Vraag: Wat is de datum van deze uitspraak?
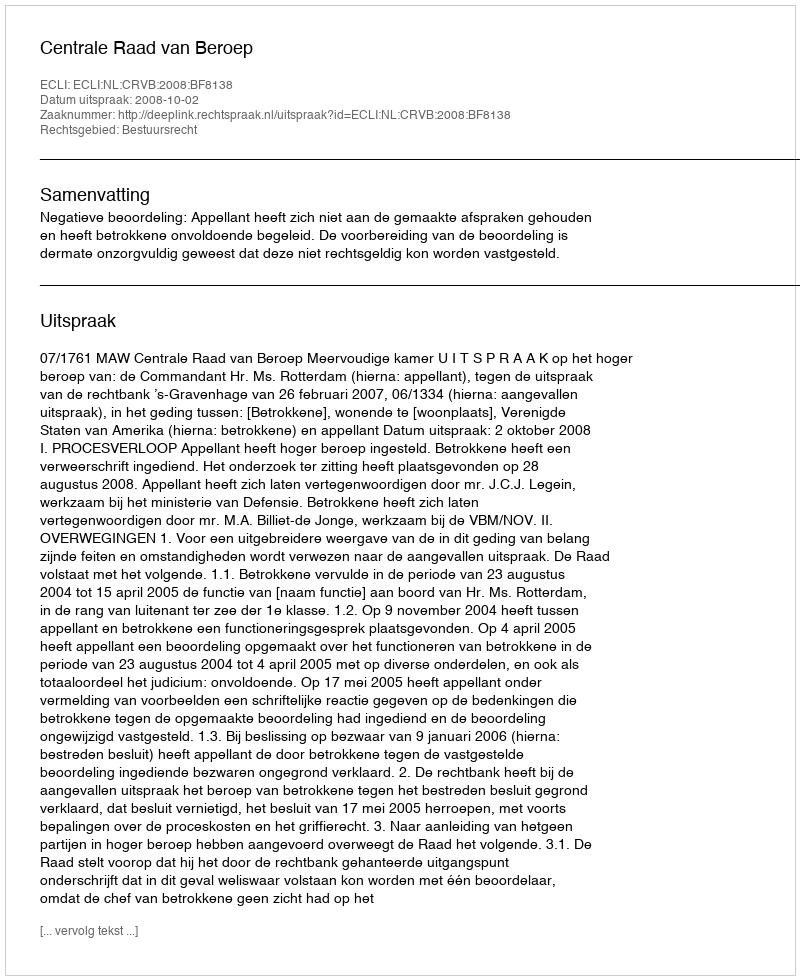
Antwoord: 2008-10-02